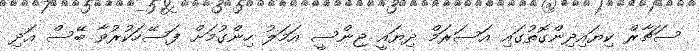
ސަޗާރް ކިޔައިދިންގޮތުގައި އަސަރަމް ދިޔައީ ޖިންސީ އަމަލު ހިންގުމަށް ފަސޭހަކުރުވާ ބޭސް އަދި